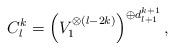
LaTeX: \begin{align*}C_l^k=\left(V_1^{\otimes (l-2k)}\right)^{\oplus d_{l{+}1}^{k{+}1}},\end{align*}